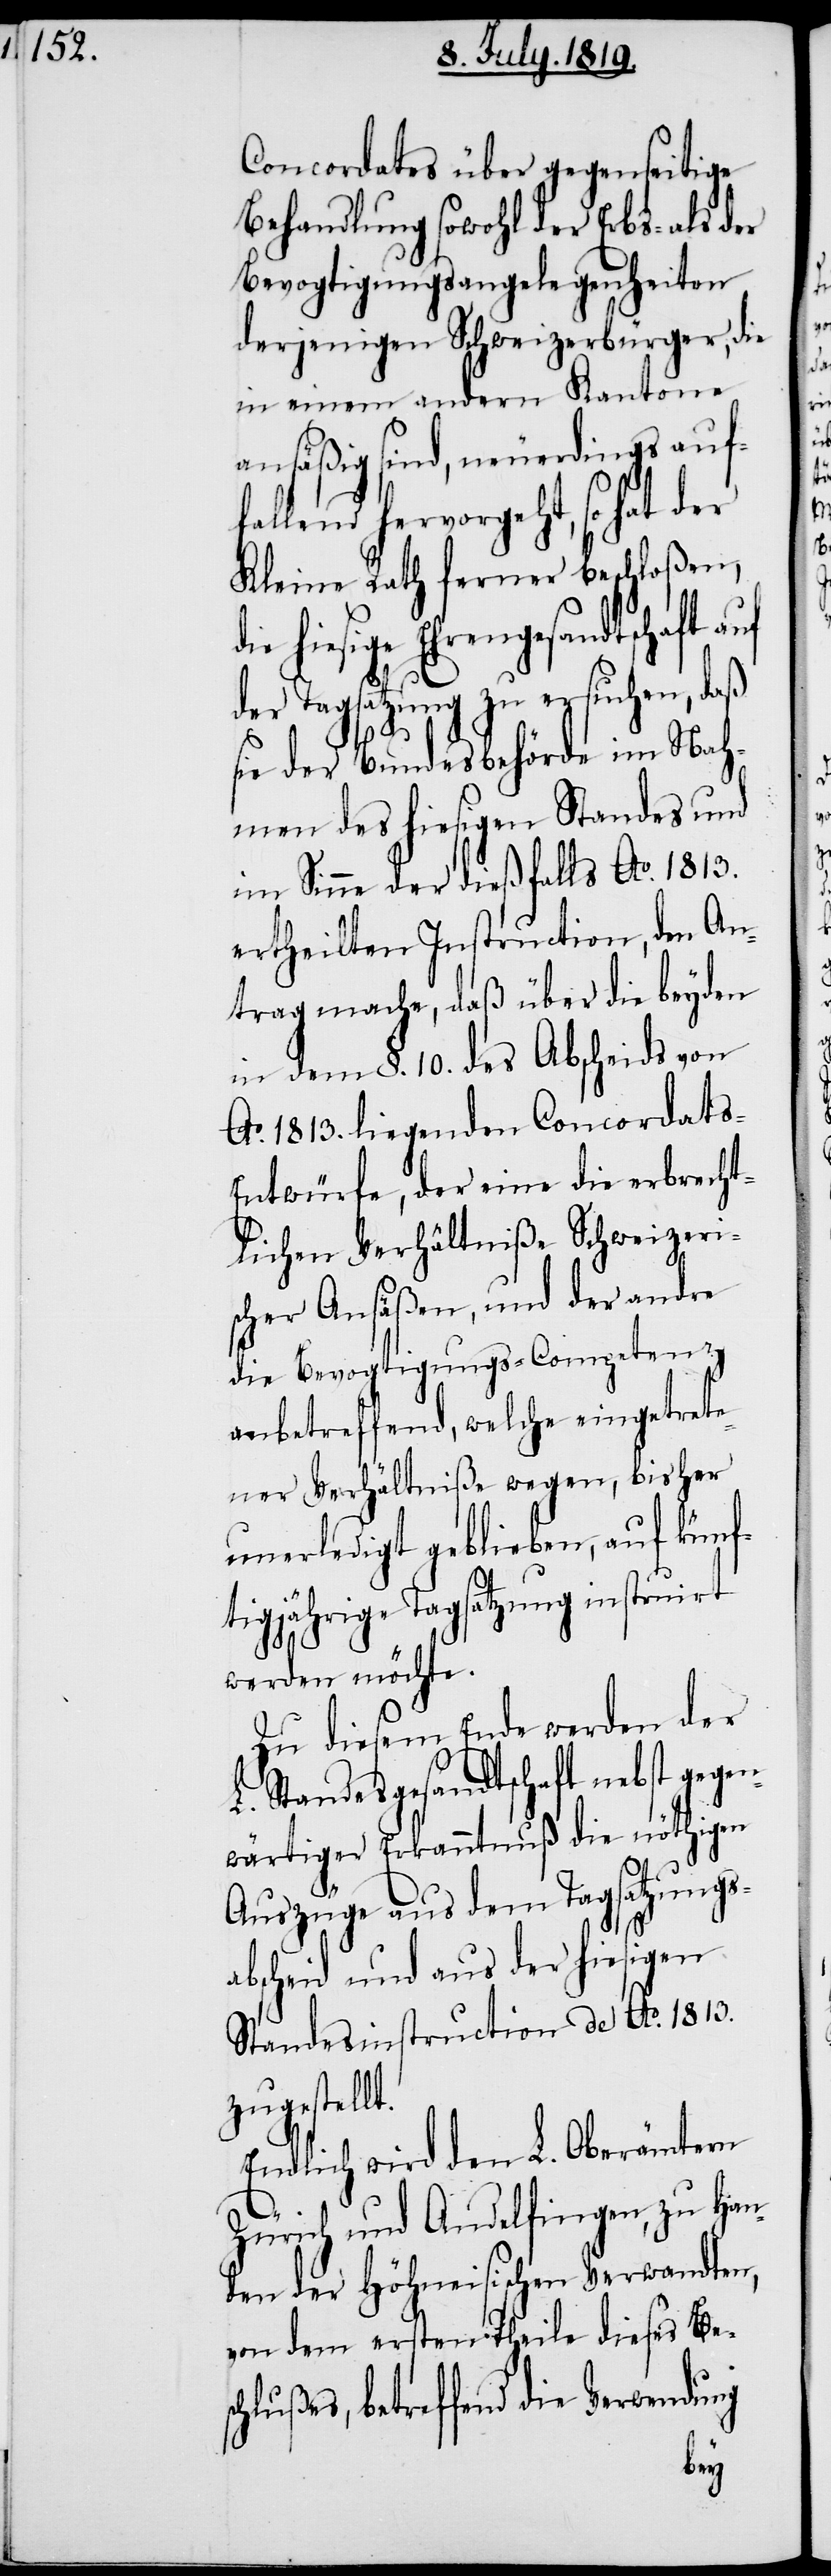
Concordates über gegenseitige
Behandlung sowohl der Erbs- als der
Bevogtigungsangelegenheiten
derjenigen Schweizerbürger, die
in einem andern Kantone
ansäßig sind, neuerdings auf¬
fallend hervorgeht, so hat der
Kleine Rath ferner beschloßen,
hiesige Ehrengesandtschaft
der Tagsatzung zu ersuchen, daß
sie der Bundesbehörde im Nah¬
men des hiesigen Standes und
im Sinne der dießfalls Ao. 1813.
ertheilten Instruction, den An¬
trag mache, daß über die beyden
in dem §. 10. des Abscheids von
Ao. 1813. liegenden Concordats-E¬
ntwürfe, der eine die erbrecht¬
lichen Verhältniße Schweizeri¬
scher Ansäßen, und der andre
die Bevogtigungs-Competenz
anbetreffend, welche eingetrete¬
ner Verhältniße wegen, bisher
unerledigt geblieben, auf künf¬
tigjährige Tagsatzung instruirt
werden möchte.
Zu diesem Ende werden der
L. Standesgesandtschaft nebst gegen¬
wärtiger Erkanntnuß die nöthigen
Auszüge aus dem Tagsatzungs¬
abscheid und aus der hiesigen
Standesinstruction de Ao. 1813.
zugestellt.
Endlich wird den L. Oberämtern
Zürich und Andelfingen, zu Han¬
den der Höhneisischen Verwandten,
von dem ersten Theile dieses Bes¬
chlußes, betreffend die Verwendung